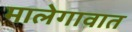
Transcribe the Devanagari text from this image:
मालेगावात